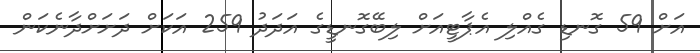
އަށް 59 ގޮނޑި ގެއްލި އެޕާޓީއަށް ލިބޭގޮނޑީގެ އަދަދު 259 އަކަށް ދަށަށްދާނެކަން